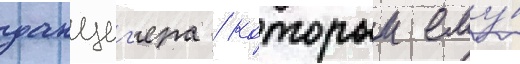
данциг'ера / которыи ему́